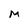
Character: M